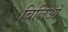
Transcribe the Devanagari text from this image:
बिलिओं